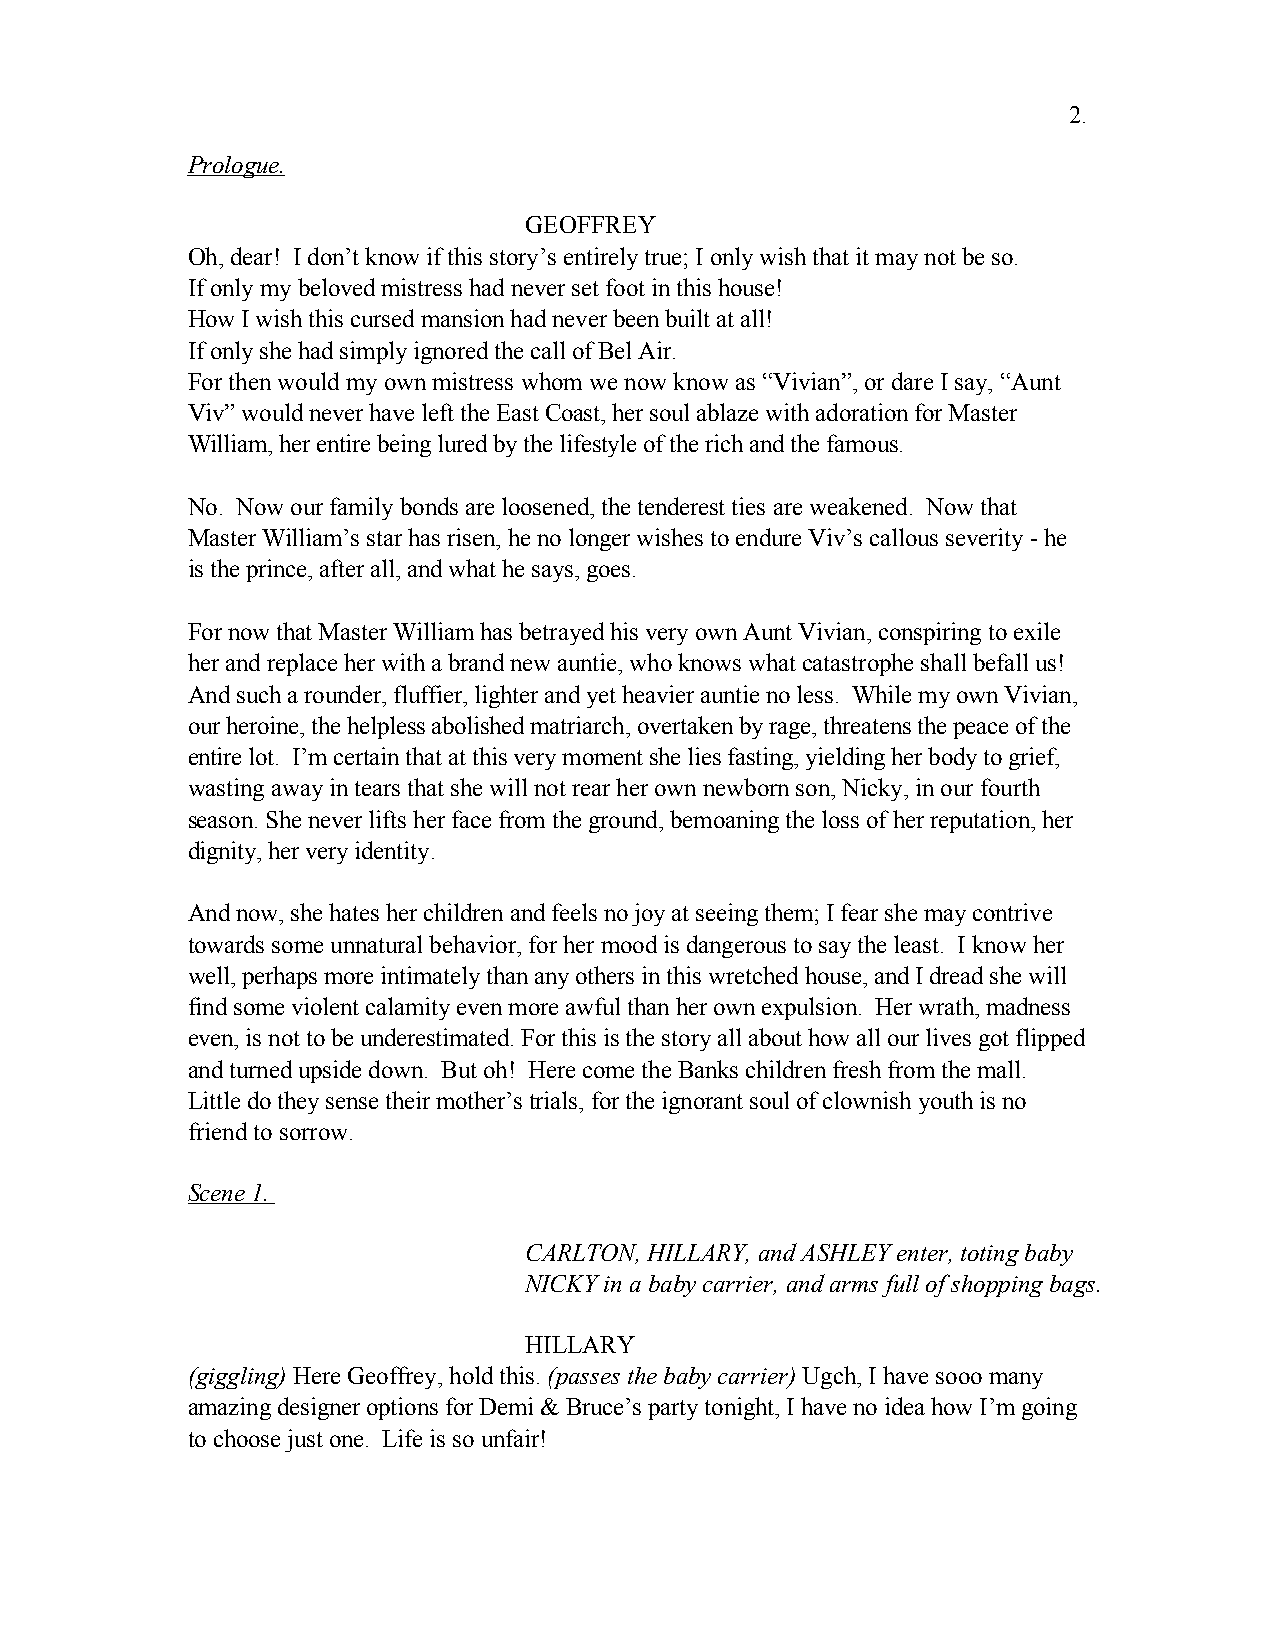
2.
 Prologue.
 GEOFFREY
 Oh, dear! I don’t know if this story’s entirely true; I only wish that it may not be so.
 If only my beloved mistress had never set foot in this house!
 How I wish this cursed mansion had never been built at all!
 If only she had simply ignored the call of Bel Air.
 For then would my own mistress whom we now know as “Vivian”, or dare I say, “Aunt
 Viv” would never have left the East Coast, her soul ablaze with adoration for Master
 William, her entire being lured by the lifestyle of the rich and the famous.
 No. Now our family bonds are loosened, the tenderest ties are weakened. Now that
 Master William’s star has risen, he no longer wishes to endure Viv’s callous severity - he
 is the prince, after all, and what he says, goes.
 For now that Master William has betrayed his very own Aunt Vivian, conspiring to exile
 her and replace her with a brand new auntie, who knows what catastrophe shall befall us!
 And such a rounder, fluffier, lighter and yet heavier auntie no less. While my own Vivian,
 our heroine, the helpless abolished matriarch, overtaken by rage, threatens the peace of the
 entire lot. I’m certain that at this very moment she lies fasting, yielding her body to grief,
 wasting away in tears that she will not rear her own newborn son, Nicky, in our fourth
 season. She never lifts her face from the ground, bemoaning the loss of her reputation, her
 dignity, her very identity.
 And now, she hates her children and feels no joy at seeing them; I fear she may contrive
 towards some unnatural behavior, for her mood is dangerous to say the least. I know her
 well, perhaps more intimately than any others in this wretched house, and I dread she will
 find some violent calamity even more awful than her own expulsion. Her wrath, madness
 even, is not to be underestimated. For this is the story all about how all our lives got flipped
 and turned upside down. But oh! Here come the Banks children fresh from the mall.
 Little do they sense their mother’s trials, for the ignorant soul of clownish youth is no
 friend to sorrow.
 Scene 1.
 CARLTON, HILLARY, and ASHLEY enter, toting baby
 NICKY in a baby carrier, and arms full of shopping bags.
 HILLARY
 (giggling) Here Geoffrey, hold this. (passes the baby carrier) Ugch, I have sooo many
 amazing designer options for Demi & Bruce’s party tonight, I have no idea how I’m going
 to choose just one. Life is so unfair!